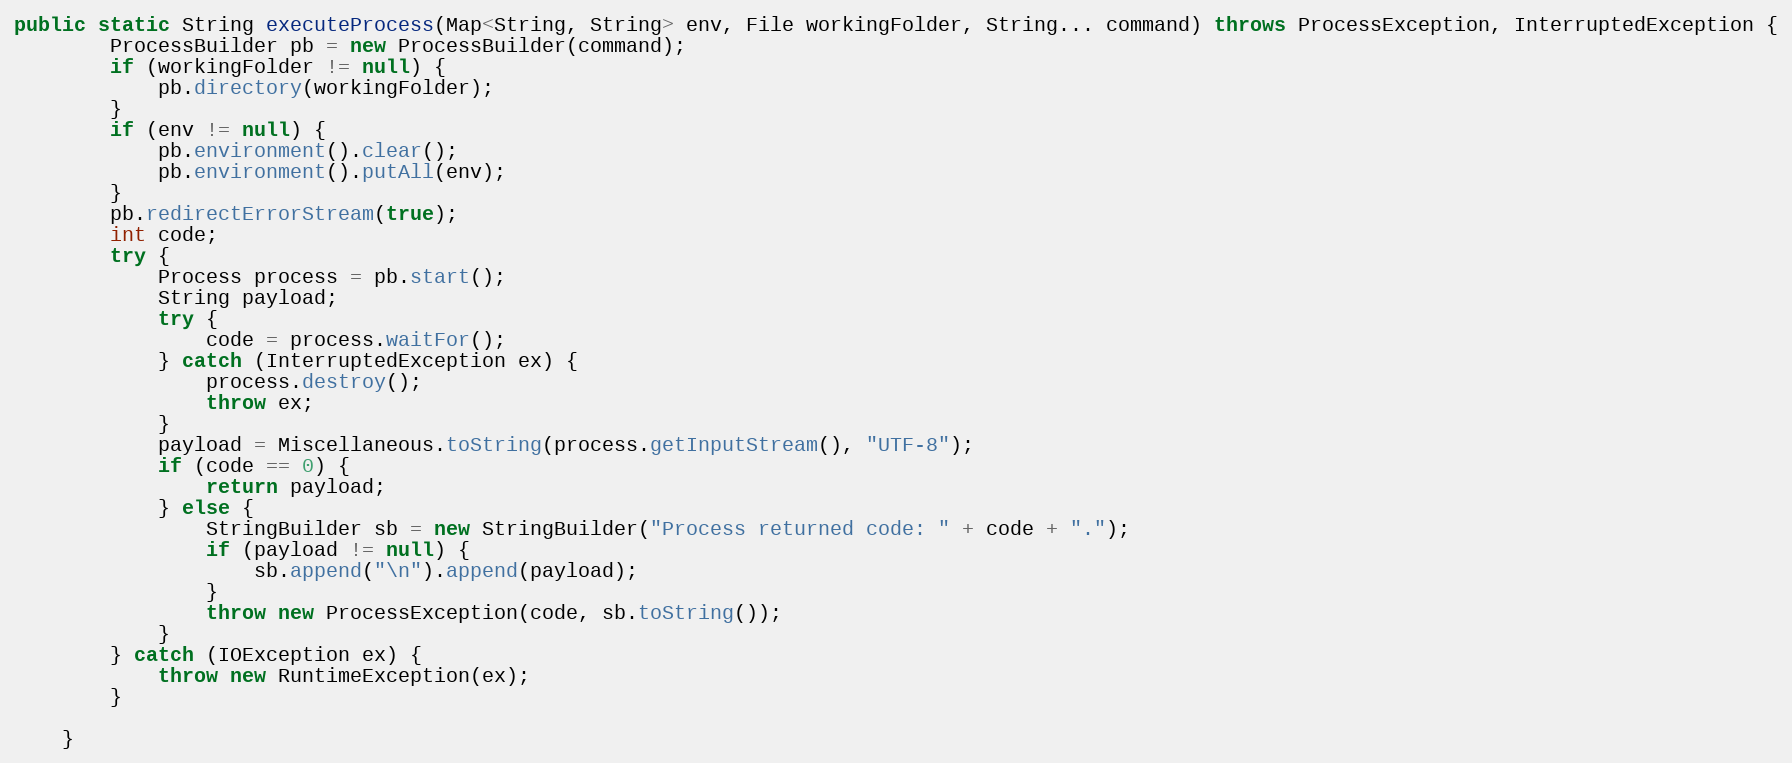
Language: Java
public static String executeProcess(Map<String, String> env, File workingFolder, String... command) throws ProcessException, InterruptedException {
        ProcessBuilder pb = new ProcessBuilder(command);
        if (workingFolder != null) {
            pb.directory(workingFolder);
        }
        if (env != null) {
            pb.environment().clear();
            pb.environment().putAll(env);
        }
        pb.redirectErrorStream(true);
        int code;
        try {
            Process process = pb.start();
            String payload;
            try {
                code = process.waitFor();
            } catch (InterruptedException ex) {
                process.destroy();
                throw ex;
            }
            payload = Miscellaneous.toString(process.getInputStream(), "UTF-8");
            if (code == 0) {
                return payload;
            } else {
                StringBuilder sb = new StringBuilder("Process returned code: " + code + ".");
                if (payload != null) {
                    sb.append("\n").append(payload);
                }
                throw new ProcessException(code, sb.toString());
            }
        } catch (IOException ex) {
            throw new RuntimeException(ex);
        }

    }